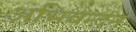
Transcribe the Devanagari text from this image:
अभिवन्दन